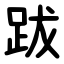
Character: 跋